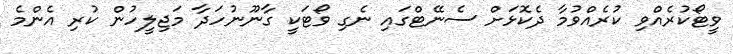
ވީޓޯކުރެއްވި ކުރެއްވުމާ ދެކޮޅަށް ސެނޭޓްގައި ނެގި ވޯޓަކީ ގާނޫނުހަދާ މަޖިލީހުން ކުރި އެންމެ